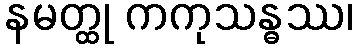
နမတ္ထု ကကုသန္ဓဿ၊